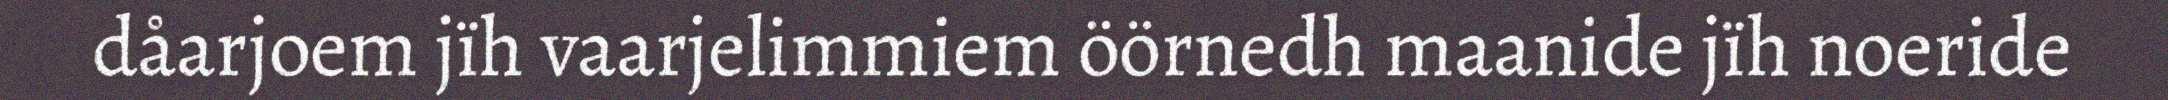
dåarjoem jïh vaarjelimmiem öörnedh maanide jïh noeride